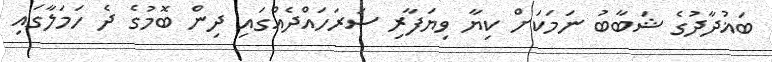
ބަޣުދާދުގެ ޝަބާބު ނަމަކަށް ކިޔާ ވިޔަފާރި ސަރަހައްދެއްގައި ދިން ބޮމުގެ ދެ ހަމަލާގައި